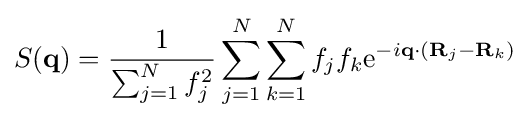
S(\mathbf {q} )={\frac {1}{\sum _{j=1}^{N}f_{j}^{2}}}\sum _{j=1}^{N}\sum _{k=1}^{N}f_{j}f_{k}\mathrm {e} ^{-i\mathbf {q} \cdot (\mathbf {R} _{j}-\mathbf {R} _{k})}